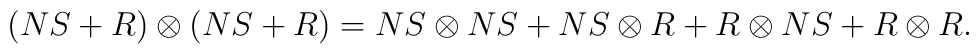
(NS+R)\otimes (NS+R)=NS\otimes NS+NS\otimes R+R\otimes NS+R\otimes R.